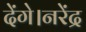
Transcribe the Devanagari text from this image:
देंगे।नरेंद्र